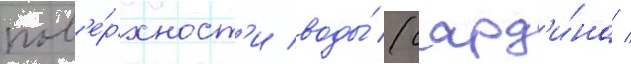
пов'е́рхност'и воды́ (сард'и́на /